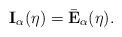
LaTeX: \begin{align*}\mathbf{I}_\alpha(\eta) = \bar{\mathbf{E}}_\alpha(\eta).\end{align*}